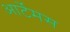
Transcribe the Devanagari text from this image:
आर्टेमस